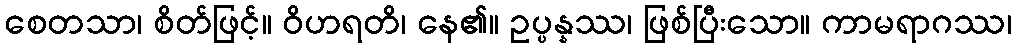
စေတသာ၊ စိတ်ဖြင့်။ ဝိဟရတိ၊ နေ၏။ ဥပ္ပန္နဿ၊ ဖြစ်ပြီးသော။ ကာမရာဂဿ၊